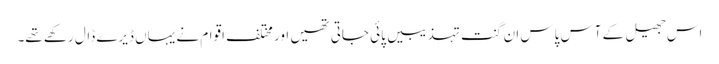
اس جھیل کے آس پاس ان گنت تہذیبیں پائی جاتی تھیں اور مختلف اقوام نے یہاں ڈیرے ڈال رکھے تھے۔